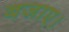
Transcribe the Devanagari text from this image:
बजाए।